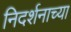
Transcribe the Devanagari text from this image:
निदर्शनाच्या